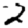
Digit: 2